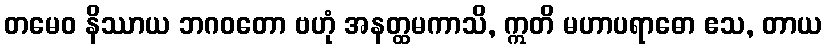
တမေဝ နိဿာယ ဘဂဝတော ဗဟုံ အနတ္ထမကာသိ, ဣတိ မဟာပရာဓော ဧသ, တာယ